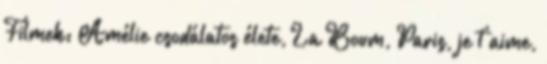
Filmek: Amélie csodálatos élete, La Boum, Paris, je t'aime,